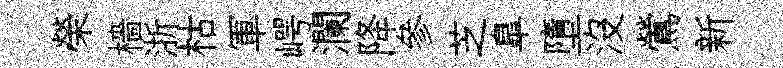
榮檣浙枯軍崿瀾降參芝臯墮沒鶯新